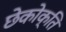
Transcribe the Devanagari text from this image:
छेकोक्ति